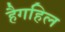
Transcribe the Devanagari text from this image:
हैगहिल